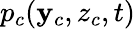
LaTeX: p_{c}(\mathbf{y}_{c},z_{c},t)